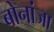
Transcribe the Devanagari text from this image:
बोनांजा